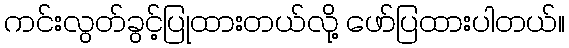
ကင်းလွတ်ခွင့်ပြုထားတယ်လို့ ဖော်ပြထားပါတယ်။